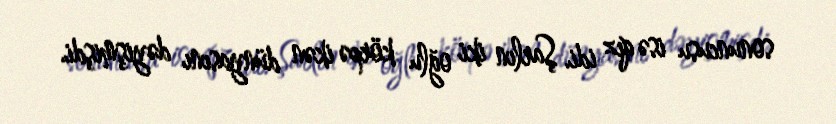
sonuncusu isə qız idi. Şarlın iki oğlu körpə ikən dünyasını dəyişmişdi.